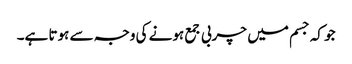
جو کہ جسم میں چربی جمع ہونے کی وجہ سے ہوتا ہے۔